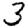
Digit: 3